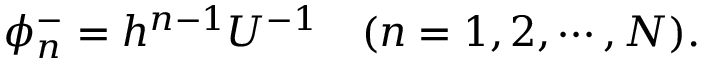
\phi _ { n } ^ { - } = h ^ { n - 1 } U ^ { - 1 } \quad ( n = 1 , 2 , \cdots , { \cal N } ) .